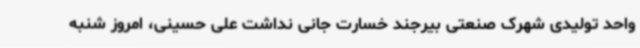
واحد تولیدی شهرک صنعتی بیرجند خسارت جانی نداشت علی حسینی، امروز شنبه